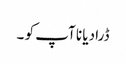
ڈرا دیا نا آپ کو ۔